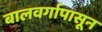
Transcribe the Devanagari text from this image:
बालवर्गापासून